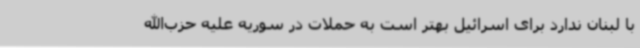
با لبنان ندارد برای اسرائیل بهتر است به حملات در سوریه علیه حزب‌الله